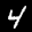
Label: 4